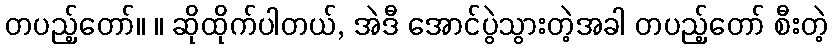
တပည့်တော်။ ။ ဆိုထိုက်ပါတယ်, အဲဒီ အောင်ပွဲသွားတဲ့အခါ တပည့်တော် စီးတဲ့